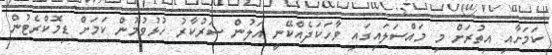
ކަމަށާއި އިތުރަށް މި މައްސަލައިގައި ވާހަކަދެއްކޭނީ އަލުން ސަރުކާރު ހުޅުވުމުން ކަމަށް ޑިމޮކްރެޓުން